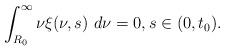
LaTeX: \begin{align*}\int_{R_{0}}^{\infty}\nu\xi(\nu,s)\ d\nu=0,s\in(0,t_{0}).\end{align*}